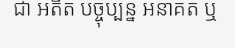
ជា អតីត បច្ចុប្បន្ន អនាគត ឬ